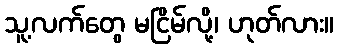
သူ့လက်တွေ မငြိမ်လို့၊ ဟုတ်လား။